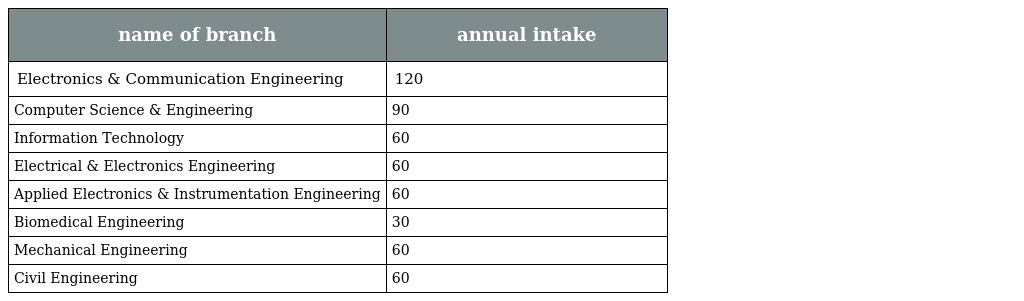
| name of branch | annual intake |
 | --- | --- |
 | Electronics & Communication Engineering | 120 |
 | Computer Science & Engineering | 90 |
 | Information Technology | 60 |
 | Electrical & Electronics Engineering | 60 |
 | Applied Electronics & Instrumentation Engineering | 60 |
 | Biomedical Engineering | 30 |
 | Mechanical Engineering | 60 |
 | Civil Engineering | 60 |